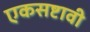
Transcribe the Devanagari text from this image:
एकसष्टावी